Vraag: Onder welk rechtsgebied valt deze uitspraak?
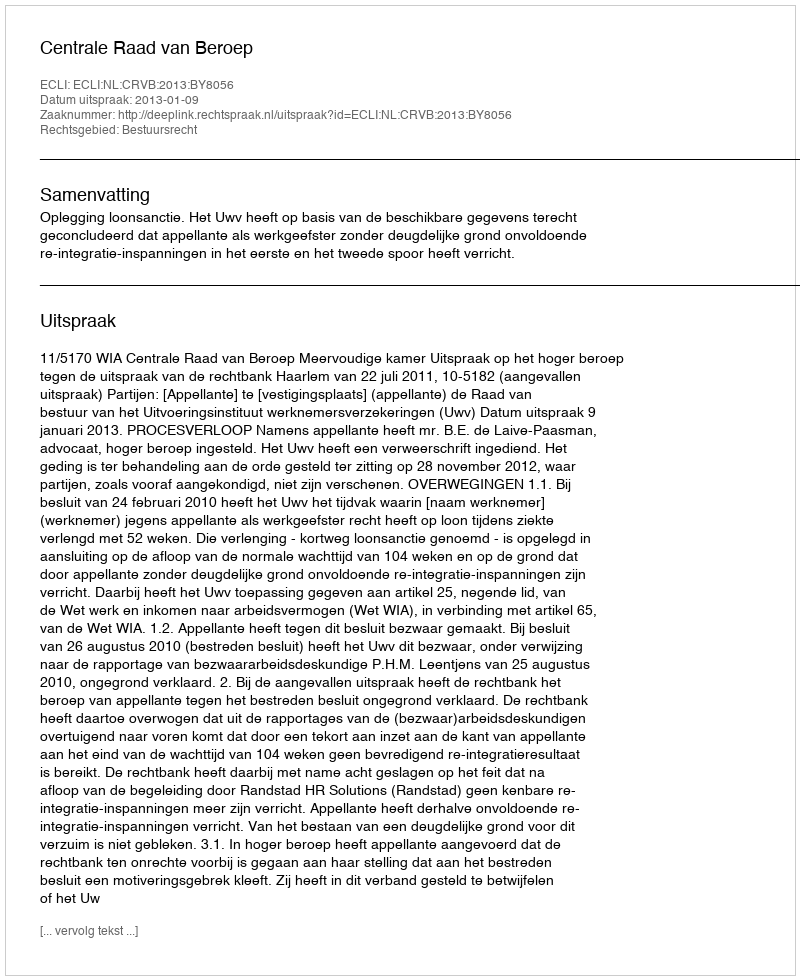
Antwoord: Bestuursrecht